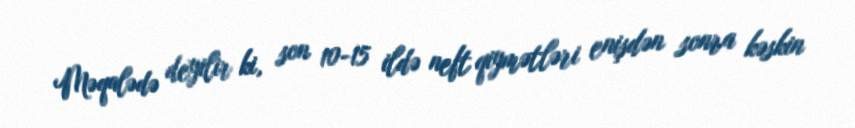
Məqalədə deyilir ki, son 10-15 ildə neft qiymətləri enişdən sonra kəskin